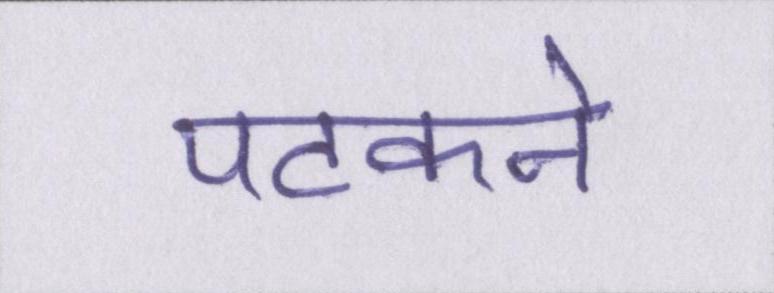
पटकने